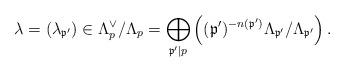
LaTeX: \begin{align*}\lambda = (\lambda_{\mathfrak{p}'}) \in \Lambda_p^\vee/\Lambda_p = \bigoplus_{\mathfrak{p}'\mid p}\left((\mathfrak{p}')^{-n(\mathfrak{p}')}\Lambda_{\mathfrak{p}'}/\Lambda_{\mathfrak{p}'}\right). \end{align*}